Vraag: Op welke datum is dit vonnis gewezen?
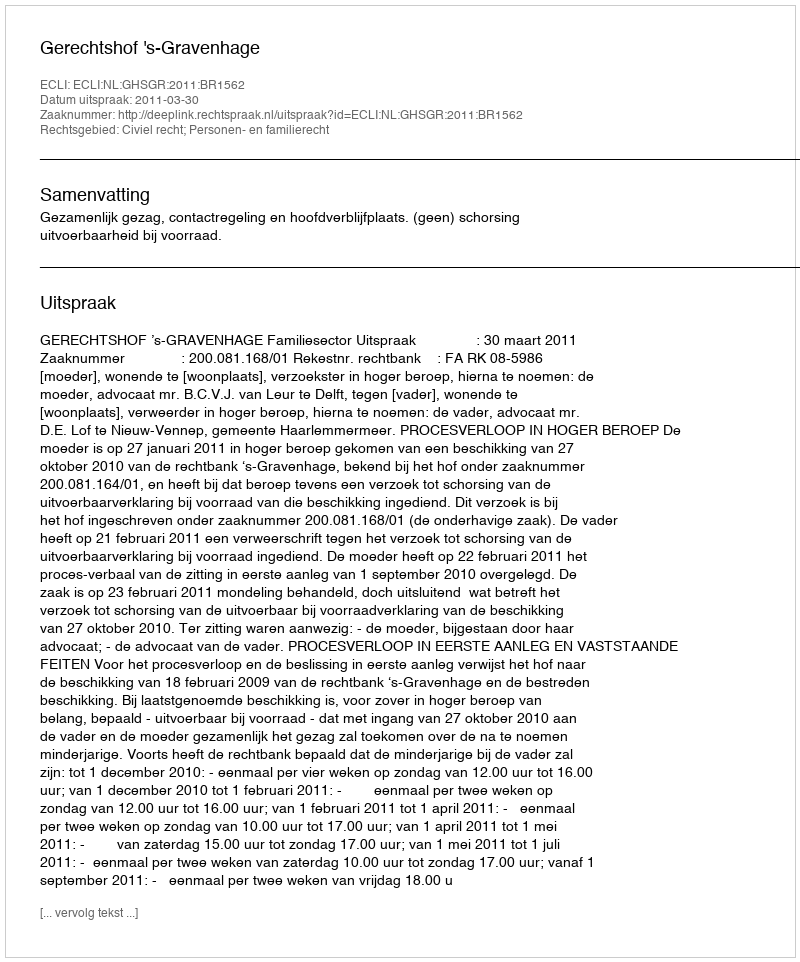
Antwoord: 2011-03-30